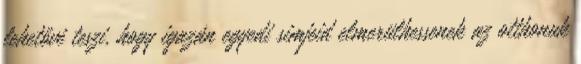
lehetővé teszi, hogy igazán egyedi simjeid elmerülhessenek az otthonuk